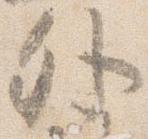
外